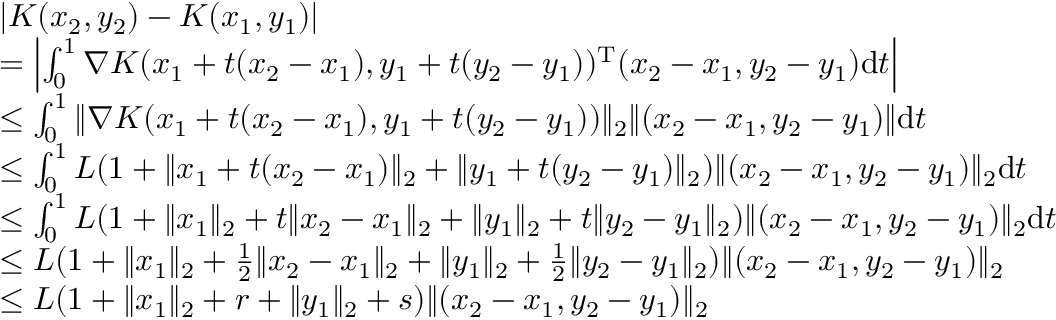
\begin{array} { r l } & { | K ( x _ { 2 } , y _ { 2 } ) - K ( x _ { 1 } , y _ { 1 } ) | } \\ & { = \left| \int _ { 0 } ^ { 1 } \nabla K ( x _ { 1 } + t ( x _ { 2 } - x _ { 1 } ) , y _ { 1 } + t ( y _ { 2 } - y _ { 1 } ) ) ^ { \mathrm { T } } ( x _ { 2 } - x _ { 1 } , y _ { 2 } - y _ { 1 } ) \mathrm { d } t \right| } \\ & { \le \int _ { 0 } ^ { 1 } \| \nabla K ( x _ { 1 } + t ( x _ { 2 } - x _ { 1 } ) , y _ { 1 } + t ( y _ { 2 } - y _ { 1 } ) ) \| _ { 2 } \| ( x _ { 2 } - x _ { 1 } , y _ { 2 } - y _ { 1 } ) \| \mathrm { d } t } \\ & { \le \int _ { 0 } ^ { 1 } L ( 1 + \| x _ { 1 } + t ( x _ { 2 } - x _ { 1 } ) \| _ { 2 } + \| y _ { 1 } + t ( y _ { 2 } - y _ { 1 } ) \| _ { 2 } ) \| ( x _ { 2 } - x _ { 1 } , y _ { 2 } - y _ { 1 } ) \| _ { 2 } \mathrm { d } t } \\ { \ } & { \le \int _ { 0 } ^ { 1 } L ( 1 + \| x _ { 1 } \| _ { 2 } + t \| x _ { 2 } - x _ { 1 } \| _ { 2 } + \| y _ { 1 } \| _ { 2 } + t \| y _ { 2 } - y _ { 1 } \| _ { 2 } ) \| ( x _ { 2 } - x _ { 1 } , y _ { 2 } - y _ { 1 } ) \| _ { 2 } \mathrm { d } t } \\ { \ } & { \le L ( 1 + \| x _ { 1 } \| _ { 2 } + \frac 1 2 \| x _ { 2 } - x _ { 1 } \| _ { 2 } + \| y _ { 1 } \| _ { 2 } + \frac 1 2 \| y _ { 2 } - y _ { 1 } \| _ { 2 } ) \| ( x _ { 2 } - x _ { 1 } , y _ { 2 } - y _ { 1 } ) \| _ { 2 } } \\ { \ } & { \le L ( 1 + \| x _ { 1 } \| _ { 2 } + r + \| y _ { 1 } \| _ { 2 } + s ) \| ( x _ { 2 } - x _ { 1 } , y _ { 2 } - y _ { 1 } ) \| _ { 2 } } \end{array}